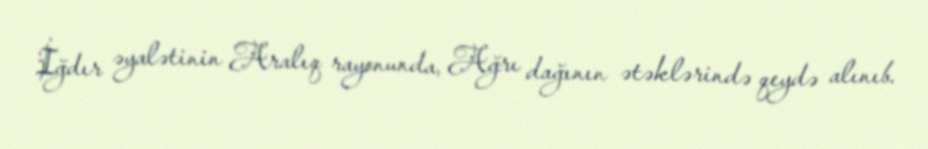
İğdır əyalətinin Aralıq rayonunda, Ağrı dağının ətəklərində qeydə alınıb.